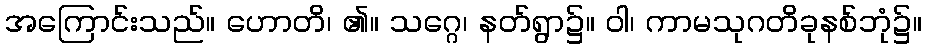
အကြောင်းသည်။ ဟောတိ၊ ၏။ သဂ္ဂေ၊ နတ်ရွာ၌။ ဝါ၊ ကာမသုဂတိခုနစ်ဘုံ၌။